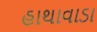
હાથાવાડા